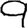
Digit: 9